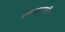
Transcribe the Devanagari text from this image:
ग्रंथपालखीचा